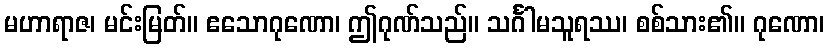
မဟာရာဇ၊ မင်းမြတ်။ ဧသောဂုဏော၊ ဤဂုဏ်သည်။ သင်္ဂါမသူရဿ၊ စစ်သား၏။ ဂုဏော၊